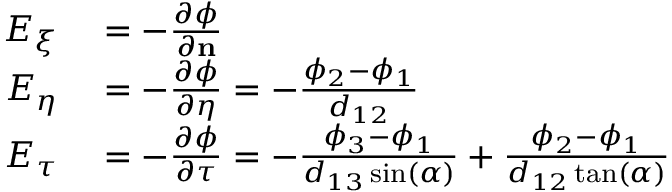
\begin{array} { r l } { E _ { \xi } } & { { } = - \frac { \partial \phi } { \partial \mathbf { n } } } \\ { E _ { \eta } } & { { } = - \frac { \partial \phi } { \partial \eta } = - \frac { \phi _ { 2 } - \phi _ { 1 } } { d _ { 1 2 } } } \\ { E _ { \tau } } & { { } = - \frac { \partial \phi } { \partial \tau } = - \frac { \phi _ { 3 } - \phi _ { 1 } } { d _ { 1 3 } \sin ( \alpha ) } + \frac { \phi _ { 2 } - \phi _ { 1 } } { d _ { 1 2 } \tan ( \alpha ) } } \end{array}